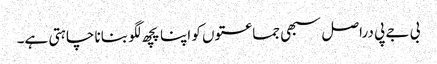
بی جے پی دراصل سبھی جماعتوں کو اپنا پچھ لگو بنانا چاہتی ہے۔